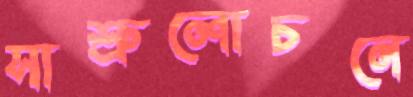
সাশ্রুলোচনে